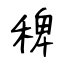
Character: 稗